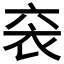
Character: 𫋴